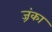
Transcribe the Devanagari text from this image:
ज़्रंका